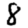
Digit: 8